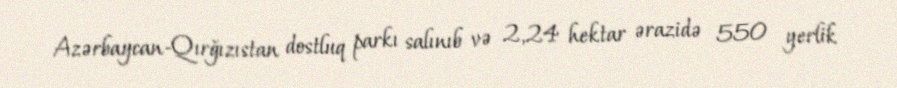
Azərbaycan-Qırğızıstan dostluq parkı salınıb və 2,24 hektar ərazidə 550 yerlik